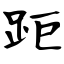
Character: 距